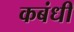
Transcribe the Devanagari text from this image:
कबंधी